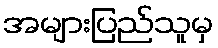
အများပြည်သူမှ